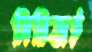
সিরিজই